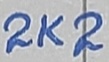
Text: 2K2